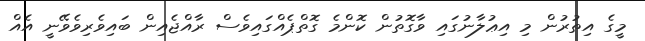
މީގެ އިތުރުން މި އިޢުލާނުގައި ވާގޮތުން ކޮންމެ ގޮތްޕެއްގައިވެސް ރާއްޖެއިން ބައިވެރިވެވޭނީ އެއް